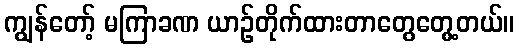
ကျွန်တော့် မကြာခဏ ယာဉ်တိုက်ထားတာတွေတွေ့တယ်။